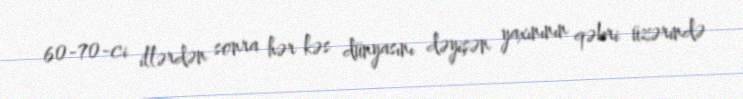
60-70-ci illərdən sonra hər kəs dünyasını dəyişən yaxınının qəbri üzərində